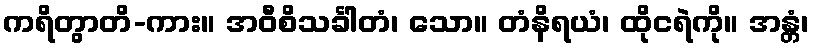
ကရိတွာတိ-ကား။ အဝီစိသင်္ခါတံ၊ သော။ တံနိရယံ၊ ထိုငရဲကို။ အန္တံ၊